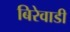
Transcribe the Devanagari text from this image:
बिरेवाडी